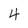
Character: 4